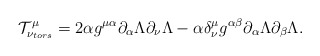
\begin{align*}{\cal T}_{\nu_{tors} }^{\mu} = 2\alpha g^{\mu \alpha}\partial_{\alpha}\Lambda \partial_{\nu}\Lambda - \alpha \delta^{\mu}_{\nu }g^{\alpha \beta} \partial_{\alpha}\Lambda\partial_{\beta}\Lambda .\end{align*}